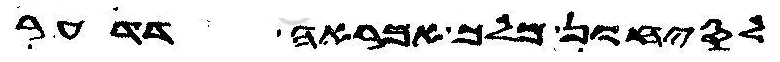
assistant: לסיחון מלך אמראה דדער